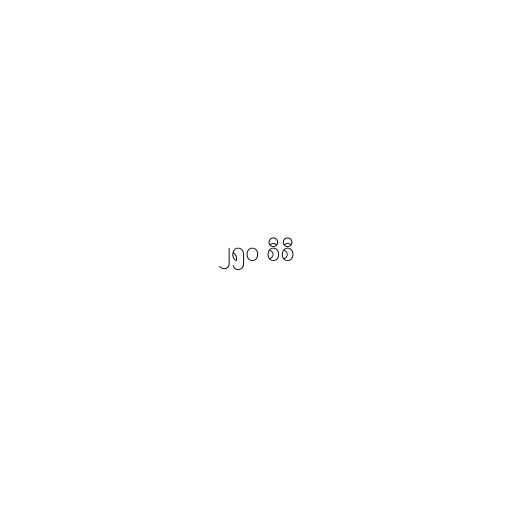
၂၅၀ စီစီ